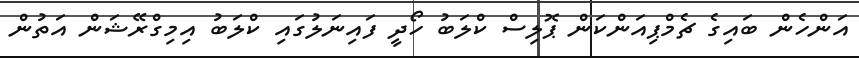
އަންހެން ބައިގެ ޗެމްޕިއަންކަން ޕޮލިސް ކްލަބު ހޯދީ ފައިނަލުގައި ކްލަބު އިމިގްރޭޝަން އަތުން